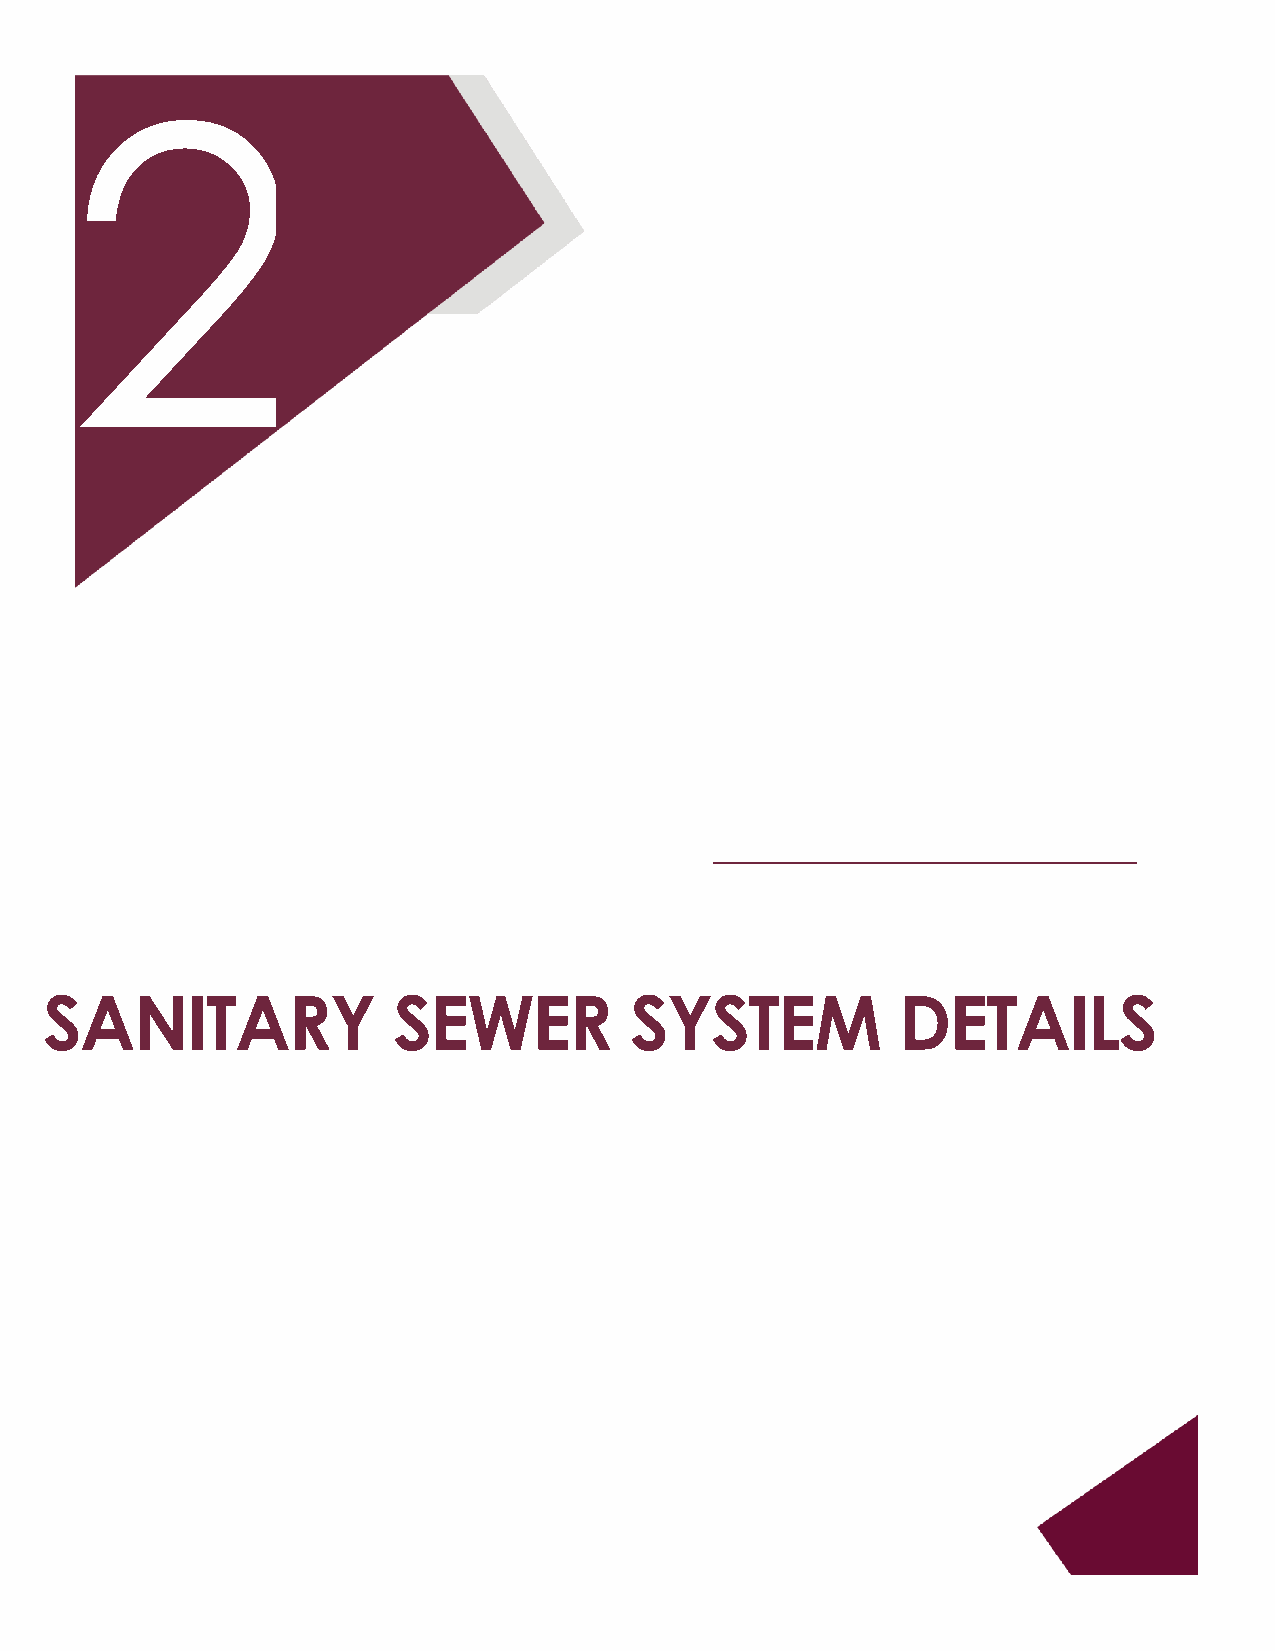
2
 SANITARY               SEWER           SYSTEM            DETAILS